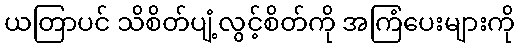
ယတြာပင် သိစိတ်ပျံ့လွင့်စိတ်ကို အကြံပေးများကို